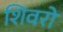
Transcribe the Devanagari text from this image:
शिवरों